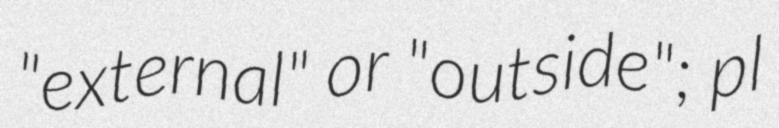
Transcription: "external" or "outside"; pl